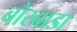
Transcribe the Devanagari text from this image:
बोखाडा